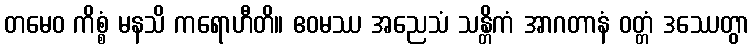
တမေဝ ကိစ္စံ မနသိ ကရောဟီတိ။ ဧဝမဿ အညေသံ သန္တိကံ အာဂတာနံ ဝတ္တံ ဒဿေတွာ